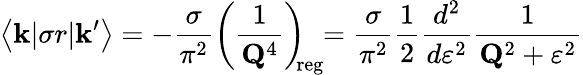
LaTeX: \big<{\mathbf k}|\sigma r|{\mathbf k^{\prime}}\big>=-\frac{\sigma}{\pi^{2}}\left(\frac{1}{{\mathbf Q}^{4}}\right)_{\! \! \mathrm{reg}}\! \! =\frac{\sigma}{\pi^{2}}\frac{1}{2}\frac{d^{2}}{d\varepsilon^{2}}\frac{1}{{\mathbf Q}^{2}+\varepsilon^{2}}